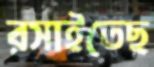
রসাইতেছ